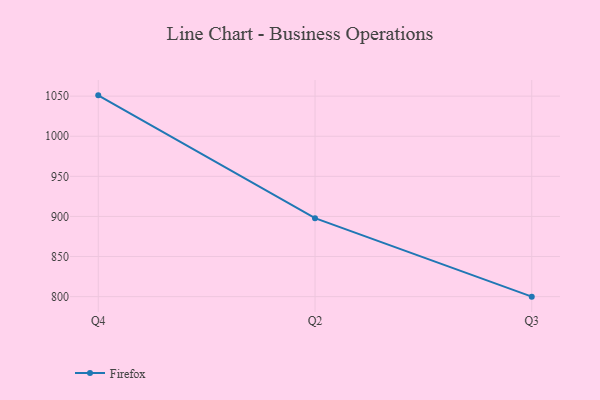
{"axis": {"x": "Quarter", "y": "Active Users"}, "legend": ["Firefox"], "data": [{"x": "Q4", "y": 1051.0, "type": "Firefox"}, {"x": "Q2", "y": 897.9, "type": "Firefox"}, {"x": "Q3", "y": 800, "type": "Firefox"}]}